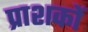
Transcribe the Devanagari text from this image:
प्राशकों